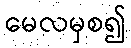
မေလမှစ၍